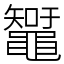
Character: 䵹